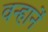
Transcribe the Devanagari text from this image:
वन्हानें